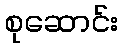
စုဆောင်း